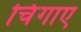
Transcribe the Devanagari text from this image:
चिंगाए